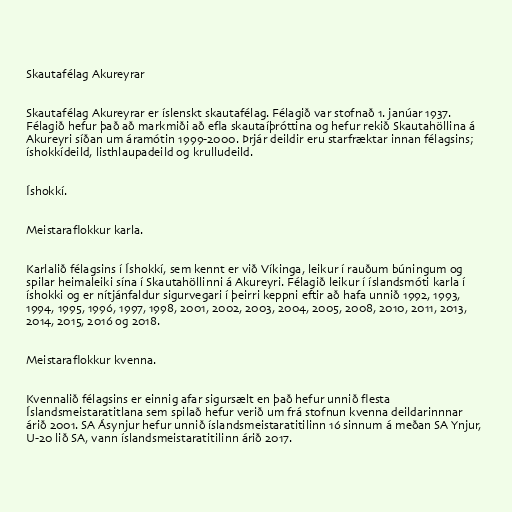
Skautafélag Akureyrar

Skautafélag Akureyrar er íslenskt skautafélag. Félagið var stofnað 1. janúar 1937.
Félagið hefur það að markmiði að efla skautaíþróttina og hefur rekið Skautahöllina á
Akureyri síðan um áramótin 1999-2000. Þrjár deildir eru starfræktar innan félagsins;
íshokkídeild, listhlaupadeild og krulludeild.

Íshokkí.

Meistaraflokkur karla.

Karlalið félagsins í Íshokkí, sem kennt er við Víkinga, leikur í rauðum búningum og
spilar heimaleiki sína í Skautahöllinni á Akureyri. Félagið leikur í íslandsmóti karla í
íshokki og er nítjánfaldur sigurvegari í þeirri keppni eftir að hafa unnið 1992, 1993,
1994, 1995, 1996, 1997, 1998, 2001, 2002, 2003, 2004, 2005, 2008, 2010, 2011, 2013,
2014, 2015, 2016 og 2018.

Meistaraflokkur kvenna.

Kvennalið félagsins er einnig afar sigursælt en það hefur unnið flesta
Íslandsmeistaratitlana sem spilað hefur verið um frá stofnun kvenna deildarinnnar
árið 2001. SA Ásynjur hefur unnið íslandsmeistaratitilinn 16 sinnum á meðan SA Ynjur,
U-20 lið SA, vann íslandsmeistaratitilinn árið 2017.